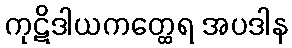
ကုဋိဒါယကတ္ထေရ အပဒါန